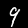
Label: 9